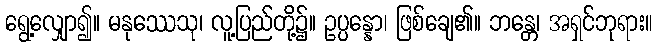
ရွေ့လျှော၍။ မနုဿေသု၊ လူ့ပြည်တို့၌။ ဥပ္ပန္နော၊ ဖြစ်ချေ၏။ ဘန္တေ၊ အရှင်ဘုရား။